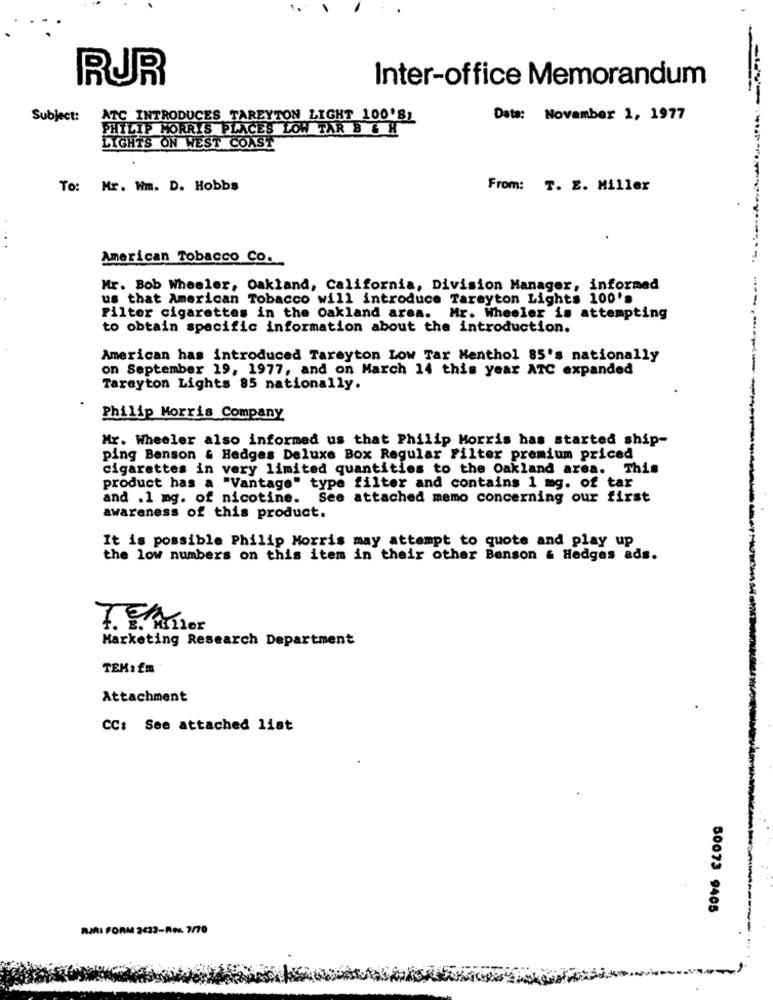
RUR
Inter-office Memorandum
Subject:
ATC INTRODUCES TAREYTON LIGHT 100'81
Data: November 1, 1977
PHILIP MORRIS PLACES LOW TAR B & H
LIGHTS ON WEST COAST
To: Mr. Wm. D. Hobbs
From: T. E. Miller
American Tobacco Co.
Mr. Bob Wheeler, Oakland, California, Division Manager, informed
us that American Tobacco will introduce Tarayton Lights 100's
Filter cigarettes in the Oakland area. Mr. Wheeler is attempting
to obtain specific information about the introduction.
American has introduced Tareyton Low Tar Menthol 85's nationally
on September 19, 1977, and on March 14 this year ATC expanded
---------
Tarayton Lights 85 nationally.
Philip Morris Company
Mr. Wheeler also informed us that Philip Morris has started ship-
ping Benson & Hedges Deluxe Box Regular Filter premium priced
cigarettes in very limited quantities to the Oakland area. This
product has a "Vantage" type filter and contains 1 mg. of tar
and .1 mg. of nicotine. See attached memo concerning our first
awareness of this product.
It is possible Philip Morris may attempt to quote and play up
the low numbers on this item in their other Benson & Hedges ads.
Marketing Research Department
TEM: Em
Attachment
CC: See attached list
50073 9405
RIRI FORM 2432-RPM 7/70